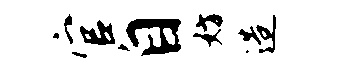
官自妨造